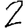
Digit: 2